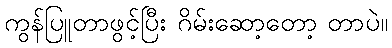
ကွန်ပြူတာဖွင့်ပြီး ဂိမ်းဆော့တော့ တာပဲ။